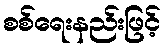
စစ်ရေးနည်းဖြင့်